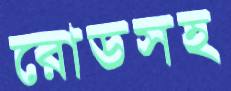
রোডসহ